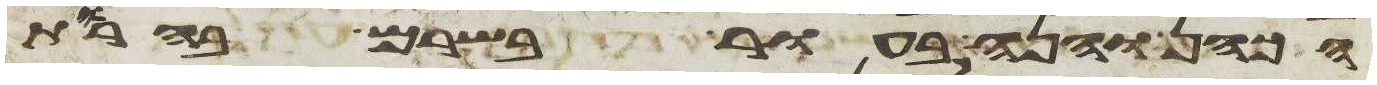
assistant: הכהן והנה בעור בשרם בהרות